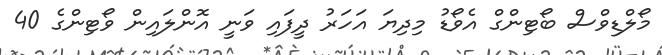
މޯލްޑިވްސް ބޯޓިންގް އެވޯޑު މިދިޔަ އަހަރު ދީފައި ވަނީ އޮންލައިން ވޯޓިންގެ 40